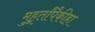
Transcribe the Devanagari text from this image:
मुहूर्तांपैकीहा